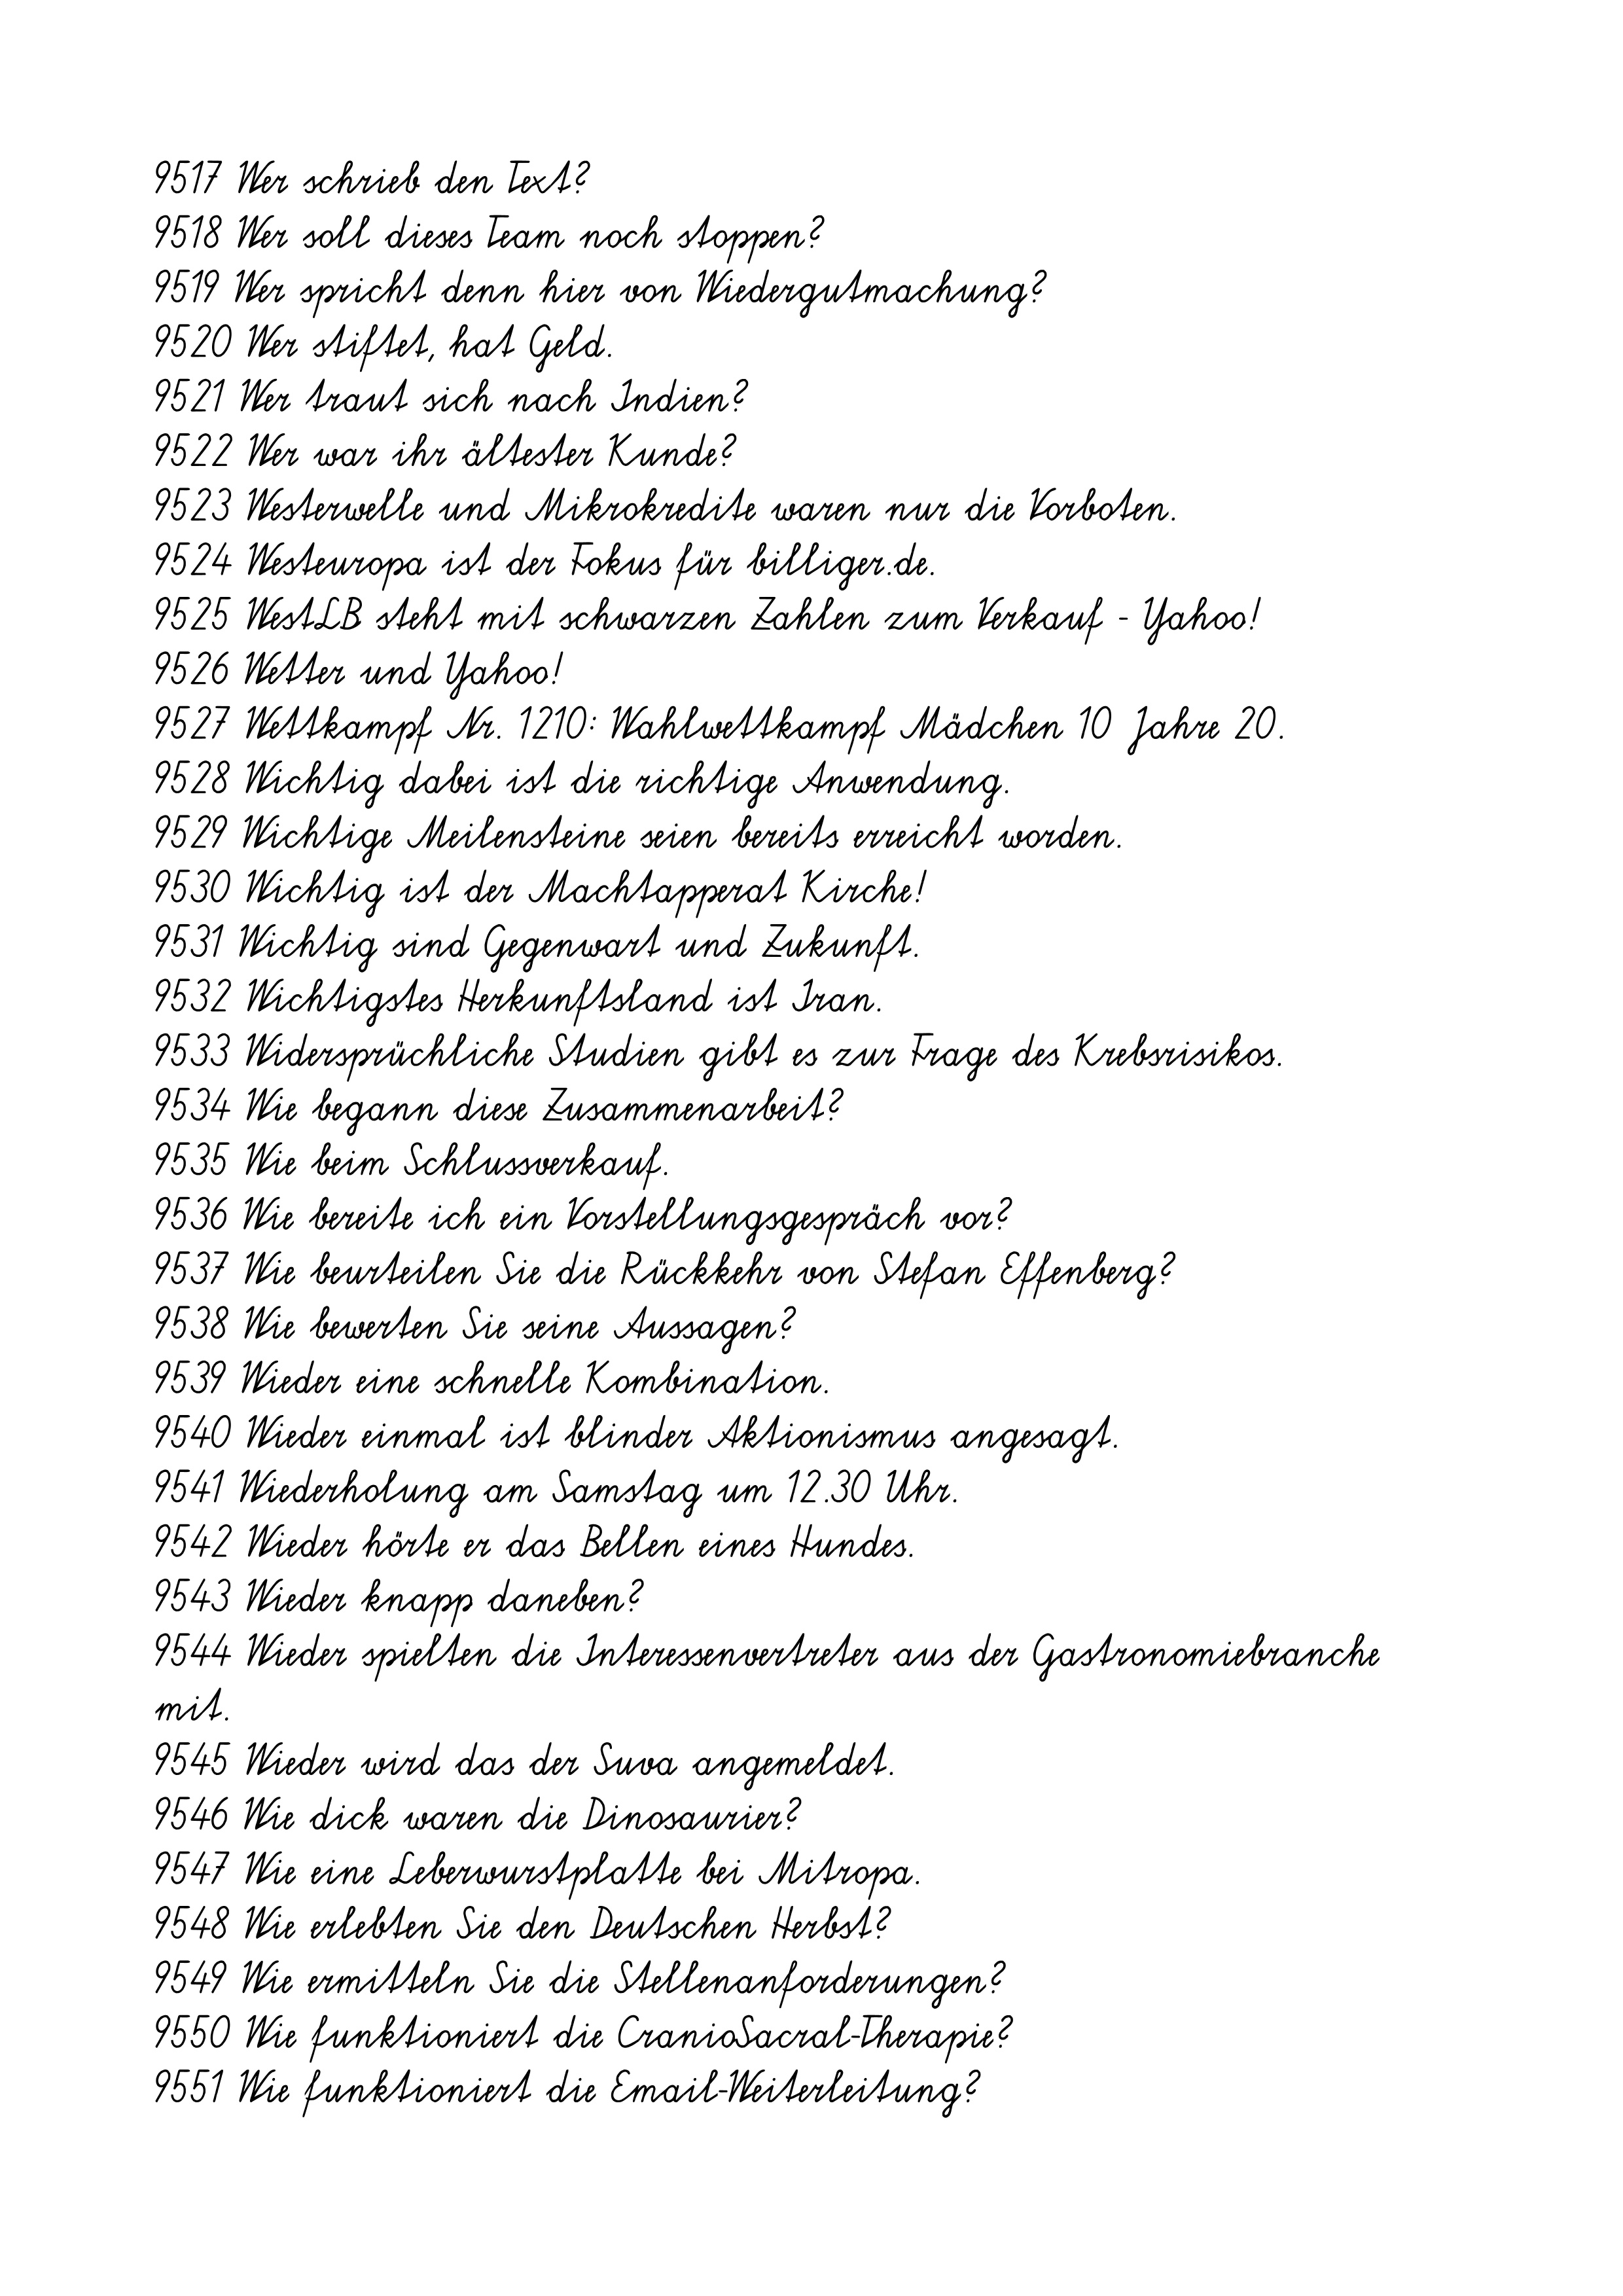
9517 Wer schrieb den Text?
9518 Wer soll dieses Team noch stoppen?
9519 Wer spricht denn hier von Wiedergutmachung?
9520 Wer stiftet, hat Geld.
9521 Wer traut sich nach Indien?
9522 Wer war ihr ältester Kunde?
9523 Westerwelle und Mikrokredite waren nur die Vorboten.
9524 Westeuropa ist der Fokus für billiger.de.
9525 WestLB steht mit schwarzen Zahlen zum Verkauf - Yahoo!
9526 Wetter und Yahoo!
9527 Wettkampf Nr. 1210: Wahlwettkampf Mädchen 10 Jahre 20.
9528 Wichtig dabei ist die richtige Anwendung.
9529 Wichtige Meilensteine seien bereits erreicht worden.
9530 Wichtig ist der Machtapperat Kirche!
9531 Wichtig sind Gegenwart und Zukunft.
9532 Wichtigstes Herkunftsland ist Iran.
9533 Widersprüchliche Studien gibt es zur Frage des Krebsrisikos.
9534 Wie begann diese Zusammenarbeit?
9535 Wie beim Schlussverkauf.
9536 Wie bereite ich ein Vorstellungsgespräch vor?
9537 Wie beurteilen Sie die Rückkehr von Stefan Effenberg?
9538 Wie bewerten Sie seine Aussagen?
9539 Wieder eine schnelle Kombination.
9540 Wieder einmal ist blinder Aktionismus angesagt.
9541 Wiederholung am Samstag um 12.30 Uhr.
9542 Wieder hörte er das Bellen eines Hundes.
9543 Wieder knapp daneben?
9544 Wieder spielten die Interessenvertreter aus der Gastronomiebranche
mit.
9545 Wieder wird das der Suva angemeldet.
9546 Wie dick waren die Dinosaurier?
9547 Wie eine Leberwurstplatte bei Mitropa.
9548 Wie erlebten Sie den Deutschen Herbst?
9549 Wie ermitteln Sie die Stellenanforderungen?
9550 Wie funktioniert die CranioSacral-Therapie?
9551 Wie funktioniert die Email-Weiterleitung?